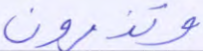
وتذرون